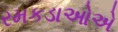
રમકડાઓએ